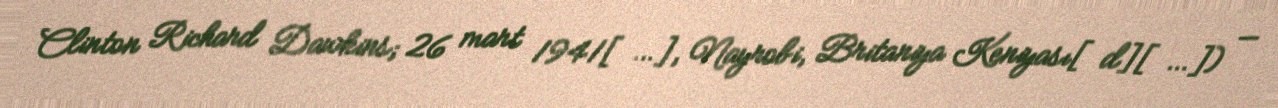
Clinton Richard Dawkins; 26 mart 1941[…], Nayrobi, Britaniya Keniyası[d][…]) —